Civil Veterinary Department. Central Provinces & Berar 1925-31 - 1925-1931
Year: 1925
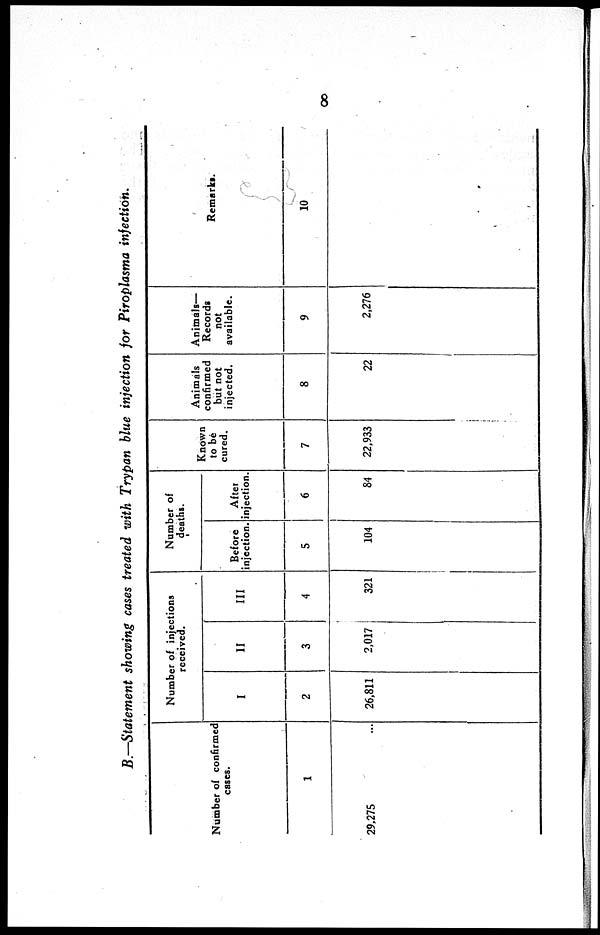
8
B.—Statement showing cases treated with Trypan blue injection for Piroplasma injection.
Number of confirmed
cases.
1
29,275 ...
Number of injections
received.
I
2
26,811
II
3
2,017
III
4
321
Number of
deaths.
Before
injection.
5
104
After
injection.
6
84
Known
to be
cured.
7
22,933
Animals
confirmed
but not
injected.
8
22
Animals—
Records
not
available.
9
2,276
Remarks.
10